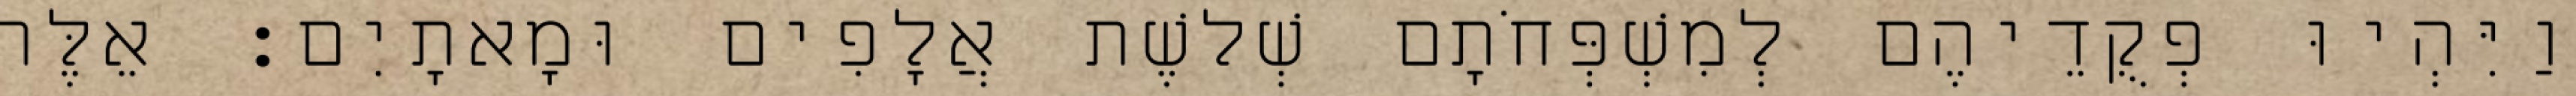
וַיִּהְיוּ פְקֻדֵיהֶם לְמִשְׁפְּחֹתָם שְׁלשֶׁת אֲלָפִים וּמָאתָיִם׃ אֵלֶּה